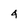
Character: 4